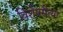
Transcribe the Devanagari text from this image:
विशेषरीत्या